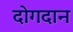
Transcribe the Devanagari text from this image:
दोगदान